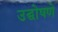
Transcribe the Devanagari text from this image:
उद्घोषणे